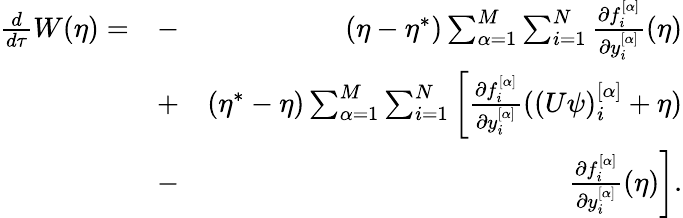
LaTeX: \begin{array}{rlr}{\frac{d}{d\tau}W(\eta)=}&{-}&{(\eta-\eta^{*})\sum_{\alpha=1}^{M}\sum_{i=1}^{N}\frac{\partial f_{i}^{[\alpha]}}{\partial y_{i}^{[\alpha]}}(\eta)}\\ &{+}&{(\eta^{*}-\eta)\sum_{\alpha=1}^{M}\sum_{i=1}^{N}\left[\frac{\partial f_{i}^{[\alpha]}}{\partial y_{i}^{[\alpha]}}((U\psi)_{i}^{[\alpha]}+\eta)\right.}\\ &{-}&{\left.\frac{\partial f_{i}^{[\alpha]}}{\partial y_{i}^{[\alpha]}}(\eta)\right].}\end{array}